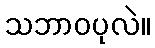
သဘာဝပုလဲ။